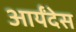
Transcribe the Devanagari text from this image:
आर्यंदेस